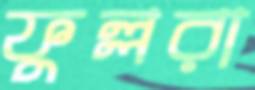
ফুল্লরা